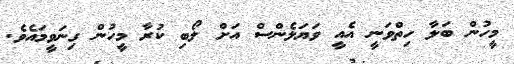
މީހުން ބަލާ ހިތްވަނީ އެއީ ވަޔަލެންސް އަށް ލޯބި ކުރާ މީހުން ގިނަވީމައެވެ.